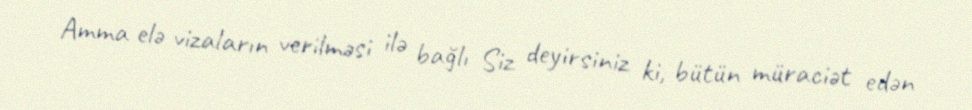
Amma elə vizaların verilməsi ilə bağlı Siz deyirsiniz ki, bütün müraciət edən